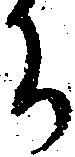
ち